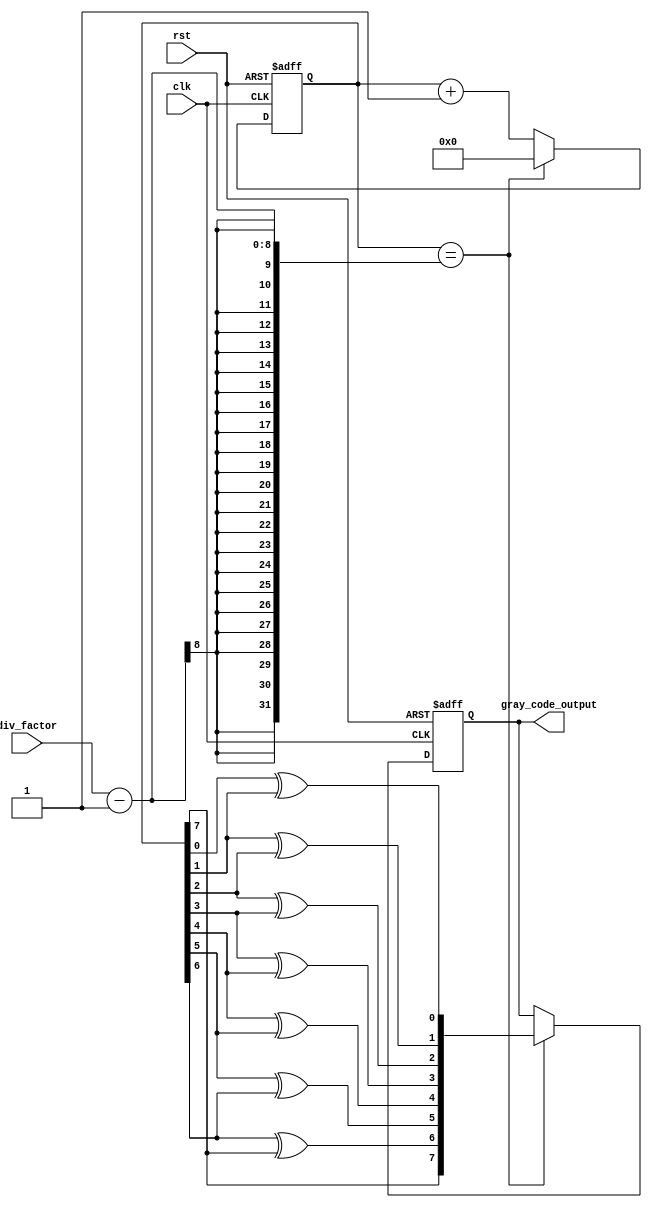
module gray_counter_clock_divider (
    input wire clk,
    input wire rst,
    input wire [7:0] div_factor,
    output wire [7:0] gray_code_output
);

reg [7:0] counter_reg;
reg [7:0] gray_code_reg;
reg [7:0] gray_code_next;

always @ (posedge clk or posedge rst) begin
    if (rst) begin
        counter_reg <= 8'h0;
        gray_code_reg <= 8'h0;
    end else begin
        if (counter_reg == div_factor - 1) begin
            counter_reg <= 8'h0;
            gray_code_reg <= gray_code_next;
        end else begin
            counter_reg <= counter_reg + 1;
        end
    end
end

always @ (*) begin
    gray_code_next[0] = counter_reg[0] ^ counter_reg[1];
    gray_code_next[1] = counter_reg[1] ^ counter_reg[2];
    gray_code_next[2] = counter_reg[2] ^ counter_reg[3];
    gray_code_next[3] = counter_reg[3] ^ counter_reg[4];
    gray_code_next[4] = counter_reg[4] ^ counter_reg[5];
    gray_code_next[5] = counter_reg[5] ^ counter_reg[6];
    gray_code_next[6] = counter_reg[6] ^ counter_reg[7];
    gray_code_next[7] = counter_reg[7];
end

assign gray_code_output = gray_code_reg;

endmodule